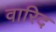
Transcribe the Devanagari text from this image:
वारिद